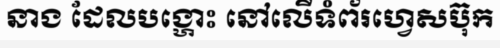
នាង ដែលបង្ហោះ នៅលើទំព័រហ្វេសប៊ុក